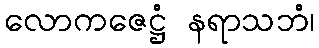
လောကဇေဋ္ဌံ နရာသဘံ၊